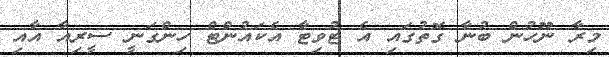
މިރާ ނޫހުން ބުނާ ގޮތުގައި އެ ޓުވިޓާ އެކައުންޓް ހިންގަނީ ސީރިއާ އާއި